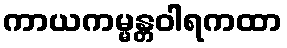
ကာယကမ္မန္တဝါရကထာ